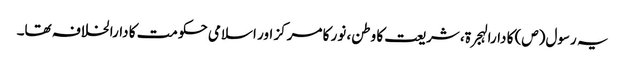
یہ رسول(ص) کا دارالہجرۃ، شریعت کا وطن، نور کا مرکز اور اسلامی حکومت کا دارالخلافہ تھا۔